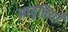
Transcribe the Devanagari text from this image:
अावृतियाँ